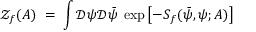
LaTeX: { \mathcal Z } _ { f } ( A ) \; = \; \int { \mathcal D } \psi { \mathcal D } { \bar { \psi } } \; \exp \left[ - S _ { f } ( { \bar { \psi } } , \psi ; A ) \right]